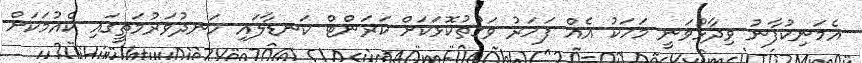
އެމަނިކުފާނު ވިދާޅުވަނީ މަހަކު އެއް ފަހަރު ވަގުތުކޮޅަކަށް ކަރަންޓް ކަނޑާލައި ހަނދުވަރުމަތީގައި ކެއުމަކަށް